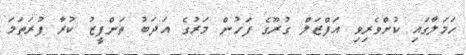
ހަމަލާގައި ކުށްވެރިވި އަފްޒަލް ގުރޫގެ ފަހުން މަރުގެ އަދަބު ތަންފީޒު ކުރާ ފުރަތަމަ